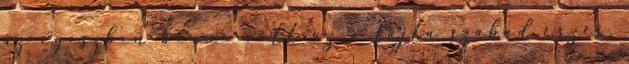
az egészben benne volt az a fajta szabad érzés,